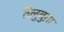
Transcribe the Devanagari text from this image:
तेलुबुग़ा